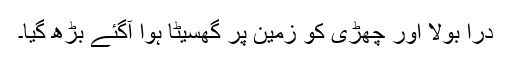
دراؔ بولا اور چھڑی کو زمین پر گھسیٹا ہوا آگئے بڑھ گیا۔